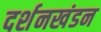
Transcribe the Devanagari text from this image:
दर्शनखंडन